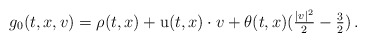
\begin{align*}g_0(t,x,v) = \rho(t,x) + \mathrm{u}(t,x)\cdot v + \theta(t,x)(\tfrac{|v|^2}{2}-\tfrac{3}{2})\,.\end{align*}